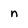
Character: n